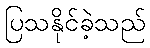
ပြသနိုင်ခဲ့သည်